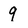
Character: 9